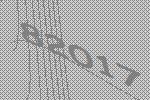
82017